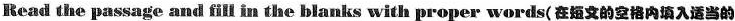
Read the passage and fill in the blanks with proper words(在的空格内填入适当的